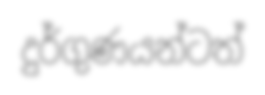
දුර්ගුණයන්ටත්